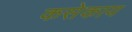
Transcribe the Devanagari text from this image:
कसेकाय